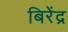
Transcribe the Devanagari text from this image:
बिरेंद्र